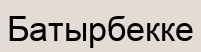
Батырбекке